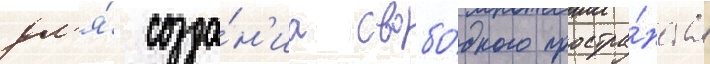
дл'я́ созда́н'иа свобо́дного простра́нства